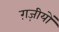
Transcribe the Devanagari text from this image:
ग़ज़ीयों